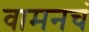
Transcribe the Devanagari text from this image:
वामनचं